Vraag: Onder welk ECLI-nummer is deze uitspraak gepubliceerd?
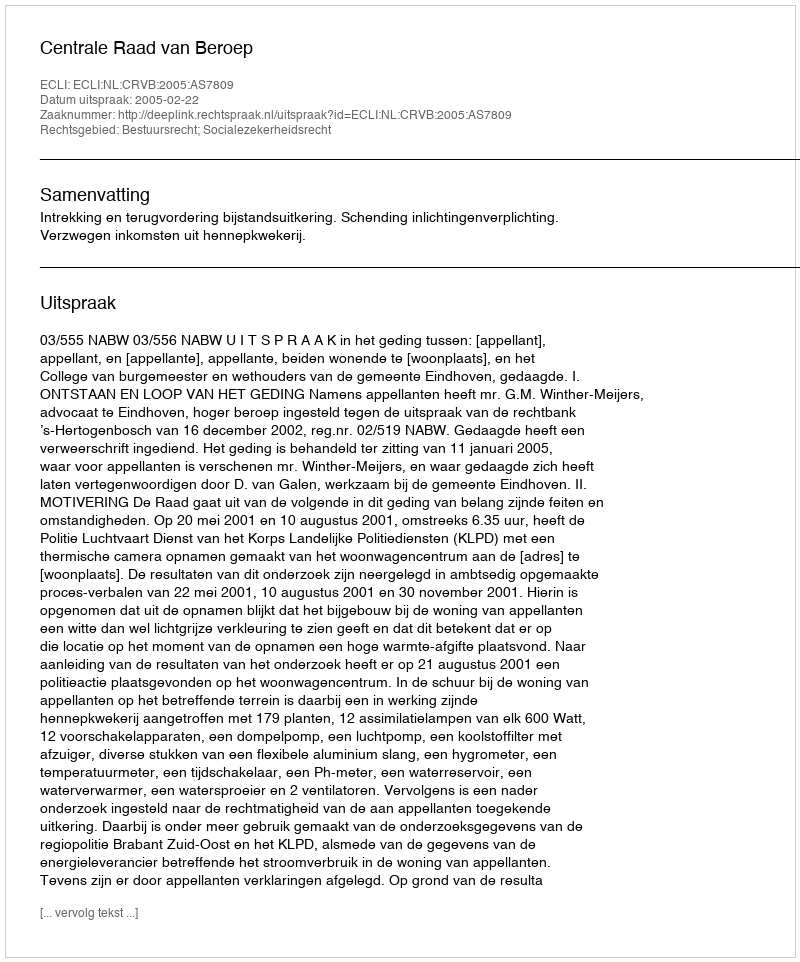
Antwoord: ECLI:NL:CRVB:2005:AS7809